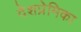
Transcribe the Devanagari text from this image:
देशप्रेमिका